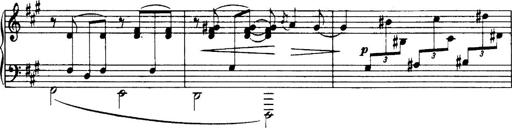
Title: 3 Sonatinas, Op.67
Composer: Jean Sibelius